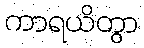
ကာရယိတွာ